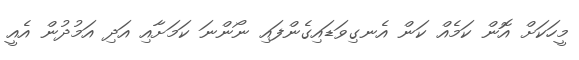
މީހަކަށް އޮން ކަމެއް ކަން އެނގިވަޑައިގެންފައި ނޯންނަ ކަމަށާއި އަދި އަމުދުން އެއީ